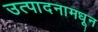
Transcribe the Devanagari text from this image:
उत्पादनामधून